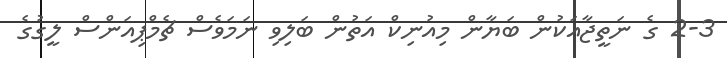
2-3 ގެ ނަތީޖާއަކުން ބަޔާން މިއުނިކް އަތުން ބަލިވި ނަމަވެސް ޗެމްޕިއަންސް ލީގުގެ